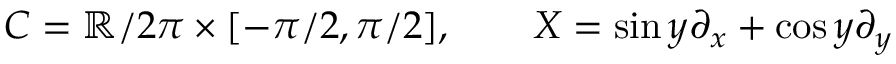
C = \mathbb { R } / 2 \pi \times [ - \pi / 2 , \pi / 2 ] , \qquad X = \sin y \partial _ { x } + \cos y \partial _ { y }